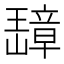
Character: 𬎗